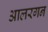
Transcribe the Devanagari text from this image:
आलरगन